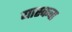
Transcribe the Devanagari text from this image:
यास्कचा